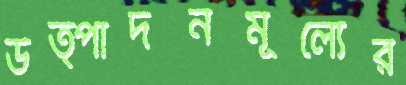
উত্পাদনমূল্যের